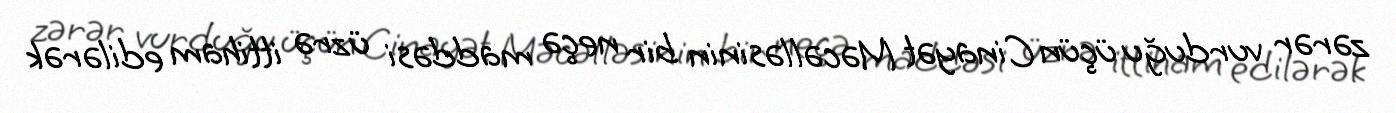
zərər vurduğu üçün Cinayət Məcəlləsinin bir neçə maddəsi üzrə ittiham edilərək